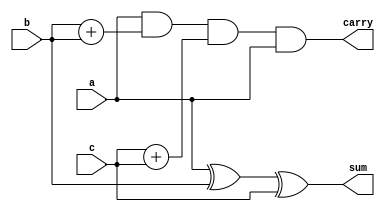
module full(input wire a,b,c, output wire sum,carry);
	assign sum=a^b^c;
	assign carry =a&b+b&c+c&a;
endmodule